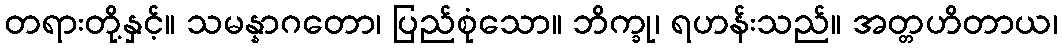
တရားတို့နှင့်။ သမန္နာဂတော၊ ပြည်စုံသော။ ဘိက္ခု၊ ရဟန်းသည်။ အတ္တဟိတာယ၊